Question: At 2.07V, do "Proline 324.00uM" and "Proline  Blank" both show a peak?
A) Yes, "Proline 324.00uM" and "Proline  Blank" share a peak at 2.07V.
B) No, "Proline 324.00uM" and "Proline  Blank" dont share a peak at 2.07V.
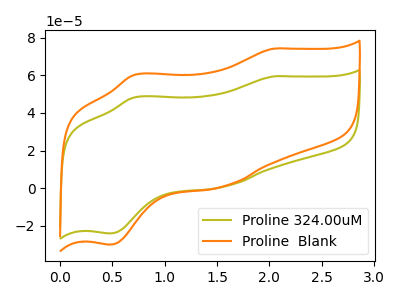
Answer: <think>The olive curve "Proline 324.00uM" has anodic peaks at (2.05V, 59.40uA) (0.70V, 48.30uA) and cathodic peaks at (1.55V, 0.70uA) (0.45V, -24.00uA). The orange curve "Proline  Blank" has anodic peaks at (2.05V, 74.15uA) (0.70V, 60.25uA) and cathodic peaks at (1.55V, 0.90uA) (0.45V, -29.95uA).</think>
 <answer>B) No, "Proline 324.00uM" and "Proline  Blank" dont share a peak at 2.07V.</answer>
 <eval>B</eval>